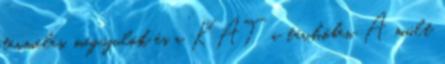
termelés, megújulók és a KÁT a távhőben A múlt